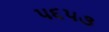
૫૬૫૩